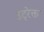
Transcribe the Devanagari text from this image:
उट्रेक्त